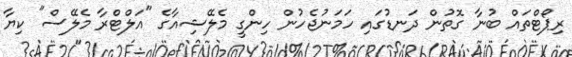
ރިޕޯޓްތައް ބުނާ ގޮތުން ދަނޑުގައި ހަމަނުޖެހުން ހިންގީ މެލޭޝިއާގެ "އަލްޓްރާ މެލޭސް" ކިޔާ